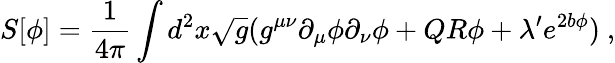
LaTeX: S[\phi]={\frac{1}{4\pi}}\int d^{2}x{\sqrt{g}}(g^{\mu\nu}\partial_{\mu}\phi\partial_{\nu}\phi+QR\phi+\lambda^{\prime}e^{2b\phi})\ ,